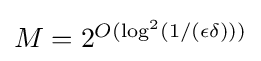
\textstyle M=2^{O(\log ^{2}(1/(\epsilon \delta )))}